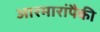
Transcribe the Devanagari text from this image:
आरमारांपैकी